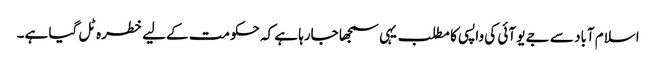
اسلام آباد سے جے یو آئی کی واپسی کا مطلب یہی سمجھا جارہا ہے کہ حکومت کےلیے خطرہ ٹل گیا ہے۔